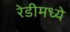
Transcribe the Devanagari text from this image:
रेडीमध्ये